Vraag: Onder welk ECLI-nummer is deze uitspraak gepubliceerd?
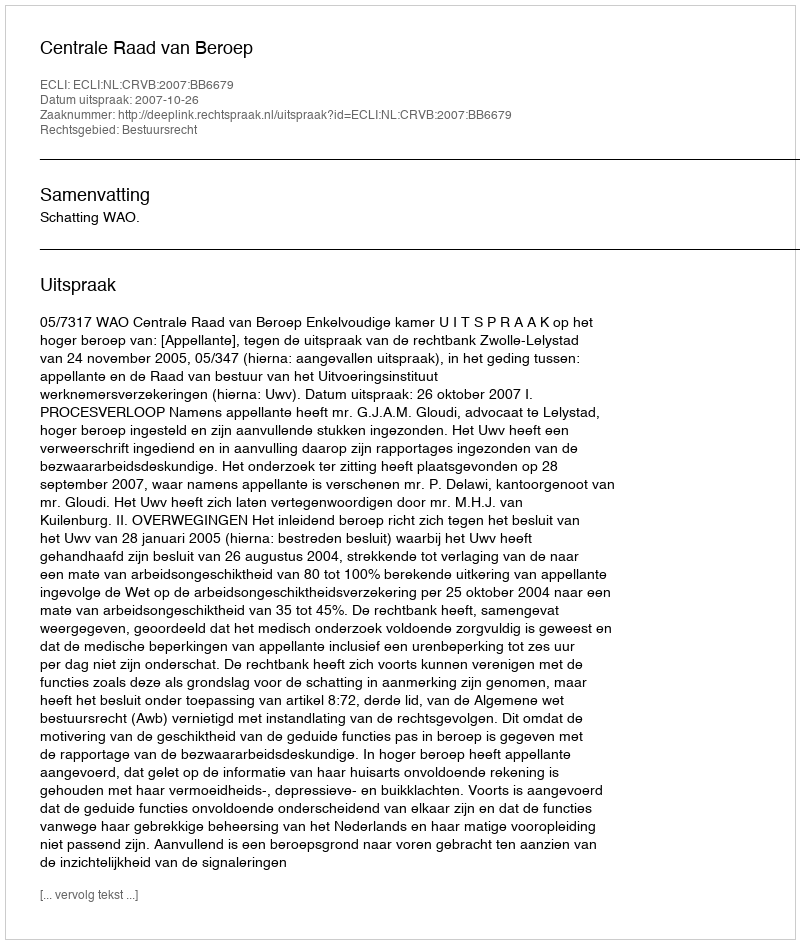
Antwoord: ECLI:NL:CRVB:2007:BB6679